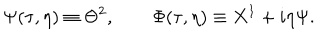
LaTeX: \Psi ( \tau , \eta ) \equiv \Theta ^ { 2 } , \qquad \Phi ( \tau , \eta ) \equiv X ^ { 1 } + i \eta \Psi .